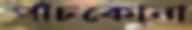
পাঁচকোনা